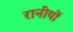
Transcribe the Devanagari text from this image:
रानीयों